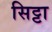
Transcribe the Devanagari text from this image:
सिट्टा